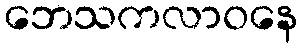
ဘေသကလာဝနေ